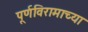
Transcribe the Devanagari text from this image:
पूर्णविरामाच्या